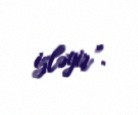
izləyir”.